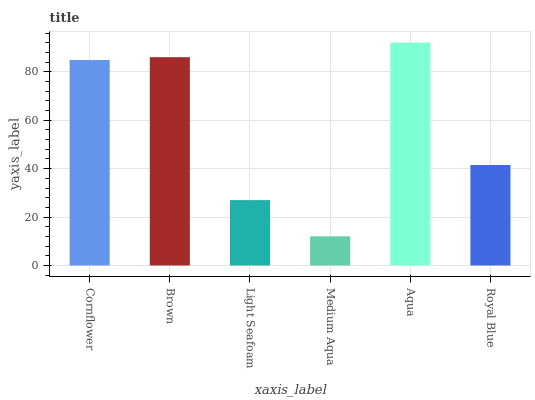
| xaxis_label | bars |
 | --- | --- |
 | Cornflower | 84.9 |
 | Brown | 86.1 |
 | Light Seafoam | 27 |
 | Medium Aqua | 12 |
 | Aqua | 92.1 |
 | Royal Blue | 41.5 |